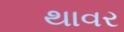
થાવર